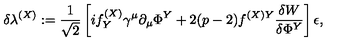
\delta \lambda ^ { ( X ) } : = \frac 1 { \sqrt { 2 } } \left[ i f _ { Y } ^ { ( X ) } \gamma ^ { \mu } \partial _ { \mu } \Phi ^ { Y } + 2 ( p - 2 ) f ^ { ( X ) Y } \frac { \delta W } { \delta \Phi ^ { Y } } \right] \epsilon ,